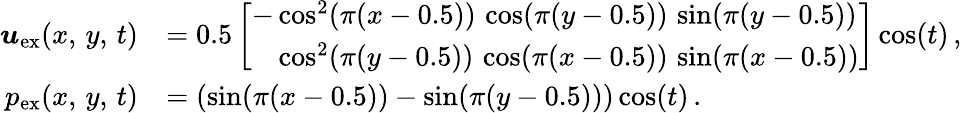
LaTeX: \begin{array}{rl}{\boldsymbol{u}_{\mathrm{ex}}(x,\, y,\, t)}&{=0.5\left[\begin{array}{l}{-\cos^{2}(\pi(x-0.5))\, \cos(\pi(y-0.5))\, \sin(\pi(y-0.5))}\\ {\phantom{-}\cos^{2}(\pi(y-0.5))\, \cos(\pi(x-0.5))\, \sin(\pi(x-0.5))}\end{array}\right]\cos(t)\, ,}\\ {p_{\mathrm{ex}}(x,\, y,\, t)}&{=(\sin(\pi(x-0.5))-\sin(\pi(y-0.5)))\cos(t)\, .}\end{array}